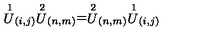
\stackrel { 1 } { U } _ { ( i , j ) } \stackrel { 2 } { U } _ { ( n , m ) } = \stackrel { 2 } { U } _ { ( n , m ) } \stackrel { 1 } { U } _ { ( i , j ) }